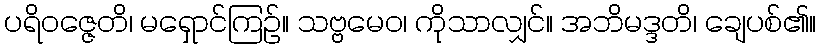
ပရိဝဇ္ဇေတိ၊ မရှောင်ကြဉ်။ သဗ္ဗမေဝ၊ ကိုသာလျှင်။ အဘိမဒ္ဒတိ၊ ချေပစ်၏။